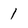
Character: 1